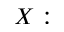
X :